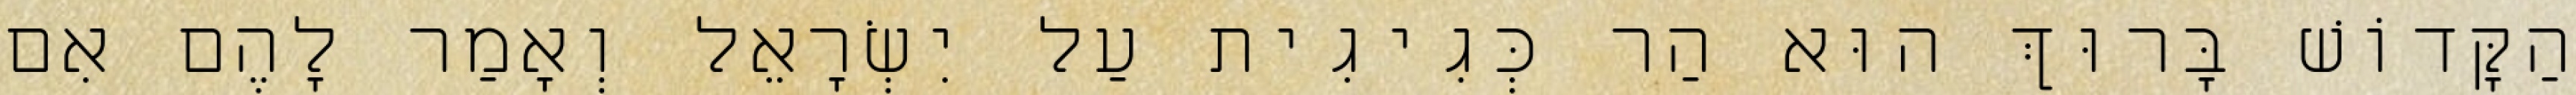
הַקָּדוֹשׁ בָּרוּךְ הוּא הַר כְּגִיגִית עַל יִשְׂרָאֵל וְאָמַר לָהֶם אִם